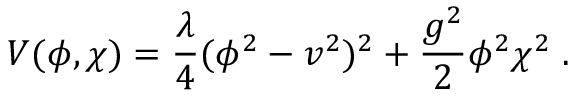
V ( \phi , \chi ) = { \frac { \lambda } { 4 } } ( \phi ^ { 2 } - v ^ { 2 } ) ^ { 2 } + { \frac { g ^ { 2 } } { 2 } } \phi ^ { 2 } \chi ^ { 2 } \; .